Problem: 81 + 73 = ?
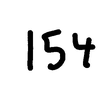
Handwritten answer: 154